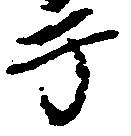
于